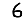
Digit: 6